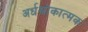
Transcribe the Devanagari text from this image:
अर्धश्लोकात्मक